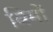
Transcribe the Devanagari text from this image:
विमों